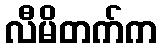
လီမိတက်က